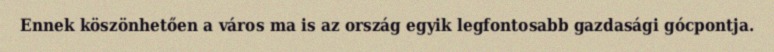
Ennek köszönhetően a város ma is az ország egyik legfontosabb gazdasági gócpontja.